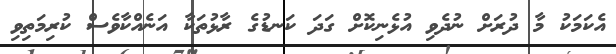
އެކަމަކު މާ ދުރަށް ނުދެވި އުޅެނިކޮށް ގަދަ ކަނޑުގެ ރާޅުތަކާ އަނެއްކާވެސް ކުރިމަތިވި